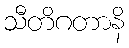
သီတိဂတာနိ